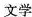
文学